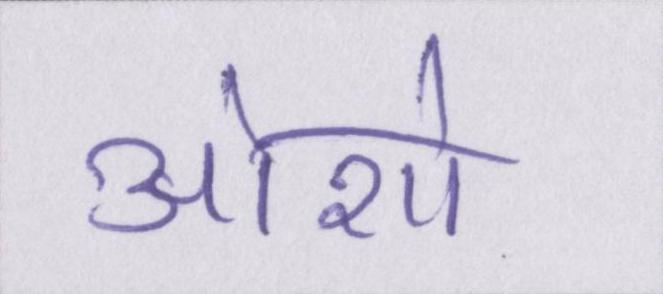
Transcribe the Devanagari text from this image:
ओशो